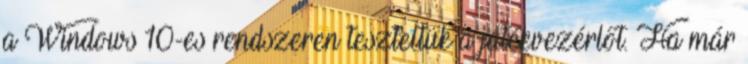
a Windows 10-es rendszeren teszteltük a játékvezérlőt. Ha már